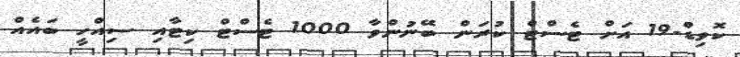
ކޮވިޑް-19 އަށް ޓެސްޓް ކުރަން ބޭނުންވާ 1000 ޓެސްޓް ކިޓާއި ސިއްހީ ބައެއް